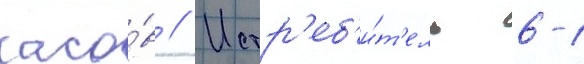
часо́в // Истр'еб'и́т'ель 6-1